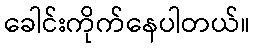
ခေါင်းကိုက်နေပါတယ်။